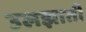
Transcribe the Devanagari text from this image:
उलझाती